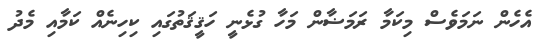
އެހެން ނަމަވެސް މިކަމާ ރަމަޟާން މަހާ ގުޅެނީ ހަޤީޤަތުގައި ކިހިނެއް ކަމާއި މެދު